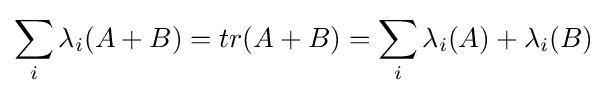
\sum _{i}\lambda _{i}(A+B)=tr(A+B)=\sum _{i}\lambda _{i}(A)+\lambda _{i}(B)